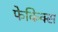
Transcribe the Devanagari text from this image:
फेकिक्स